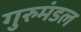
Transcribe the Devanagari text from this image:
गुरुमंडल